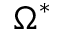
\Omega ^ { * }